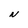
Character: N